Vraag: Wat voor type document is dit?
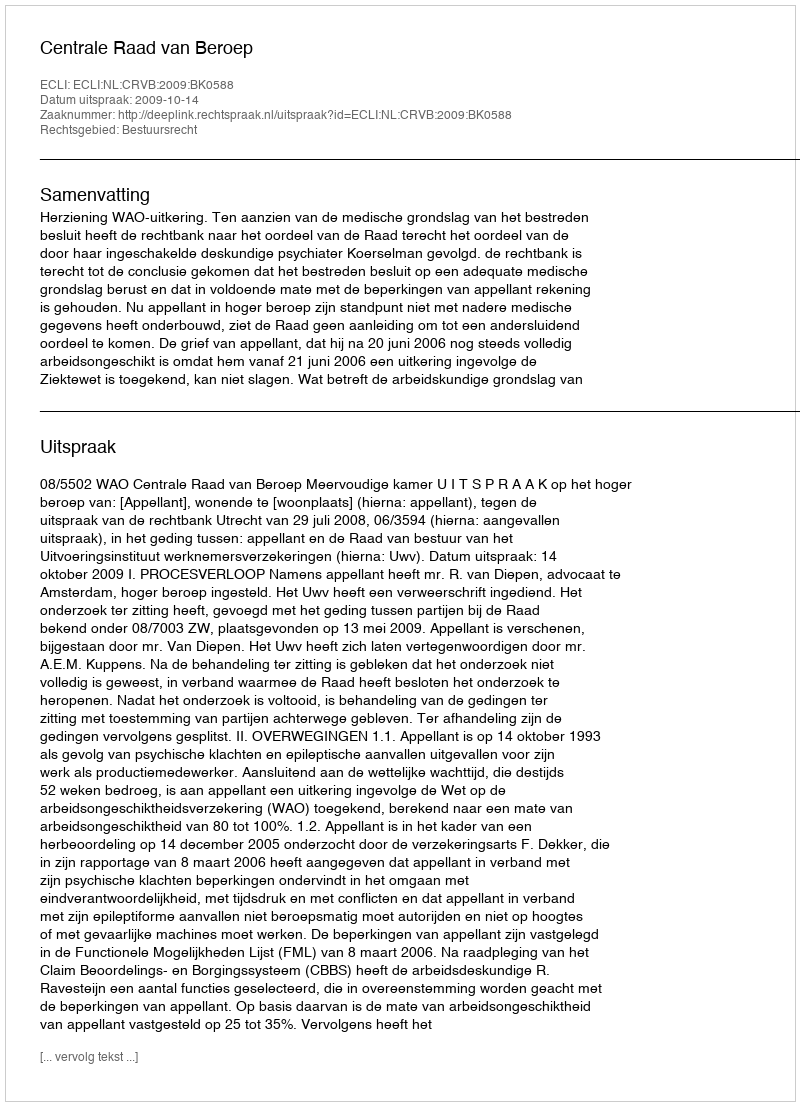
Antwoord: Uitspraak